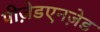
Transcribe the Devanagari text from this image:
पीज़ेडएनज़ेड